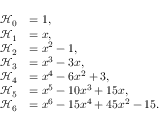
\begin{array} { r l } { \mathcal { H } _ { 0 } } & { = 1 , } \\ { \mathcal { H } _ { 1 } } & { = x , } \\ { \mathcal { H } _ { 2 } } & { = x ^ { 2 } - 1 , } \\ { \mathcal { H } _ { 3 } } & { = x ^ { 3 } - 3 x , } \\ { \mathcal { H } _ { 4 } } & { = x ^ { 4 } - 6 x ^ { 2 } + 3 , } \\ { \mathcal { H } _ { 5 } } & { = x ^ { 5 } - 1 0 x ^ { 3 } + 1 5 x , } \\ { \mathcal { H } _ { 6 } } & { = x ^ { 6 } - 1 5 x ^ { 4 } + 4 5 x ^ { 2 } - 1 5 . } \end{array}